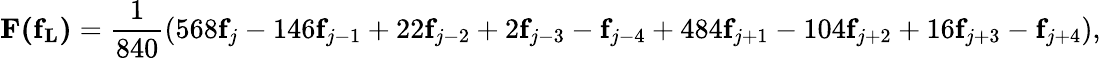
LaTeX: \mathbf{F(f_{L})}=\frac{1}{840}(568\mathbf{f}_{j}-146\mathbf{f}_{j-1}+22\mathbf{f}_{j-2}+2\mathbf{f}_{j-3}-\mathbf{f}_{j-4}+484\mathbf{f}_{j+1}-104\mathbf{f}_{j+2}+16\mathbf{f}_{j+3}-\mathbf{f}_{j+4}),